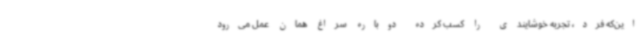
این‌که فرد، تجربه خوشایندی را کسب کرده دوباره سراغ همان عمل می‌رود